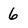
Character: 6